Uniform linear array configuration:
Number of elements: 64
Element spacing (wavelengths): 1
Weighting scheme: hamming
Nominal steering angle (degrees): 15
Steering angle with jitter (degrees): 14.655
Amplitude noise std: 0.05
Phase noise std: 0.05

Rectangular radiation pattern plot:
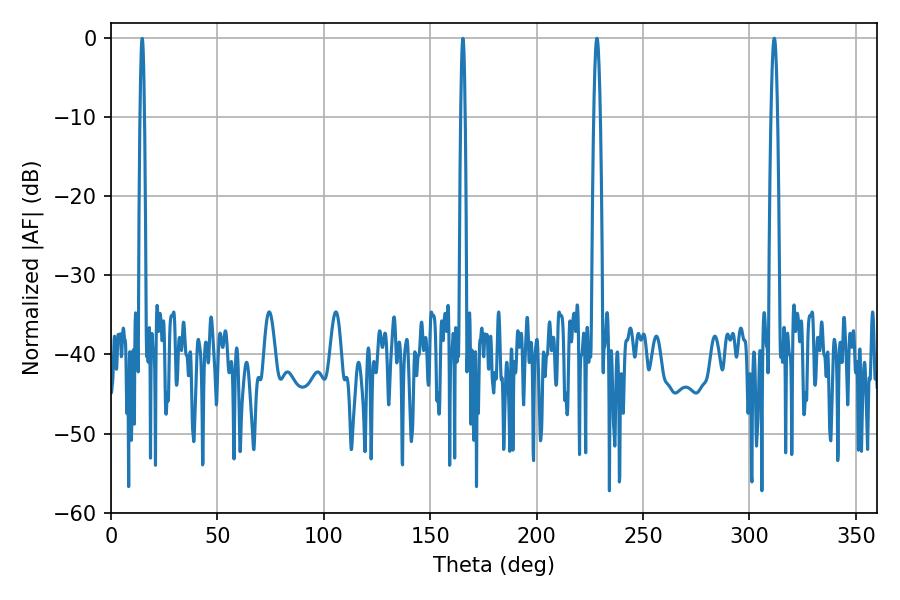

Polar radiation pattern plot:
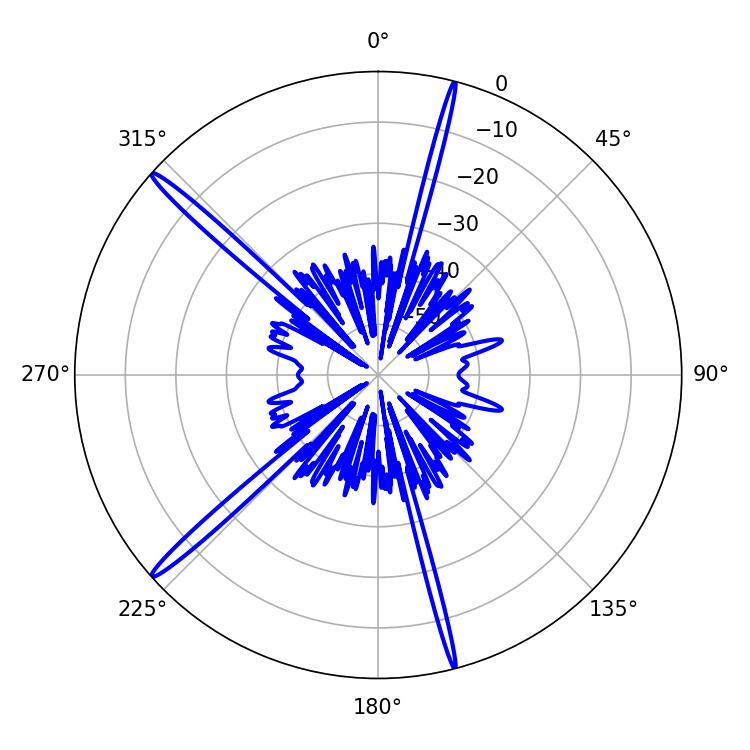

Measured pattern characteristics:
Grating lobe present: TRUE
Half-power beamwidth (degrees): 1.62
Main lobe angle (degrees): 311.58